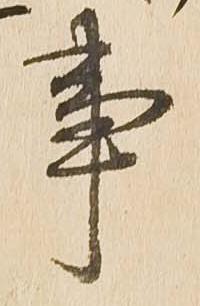
事